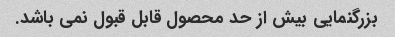
بزرگنمایی بیش از حد محصول قابل قبول نمی باشد.